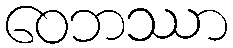
ဝေဘဿာ